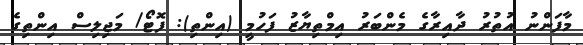
މާފަންނު އުތުރު ދާއިރާގެ މެންބަރު އިމްތިޔާޒު ފަހުމީ (އިންތި): ފޮޓޯ/ މަޖިލިސް އިންތިގެ